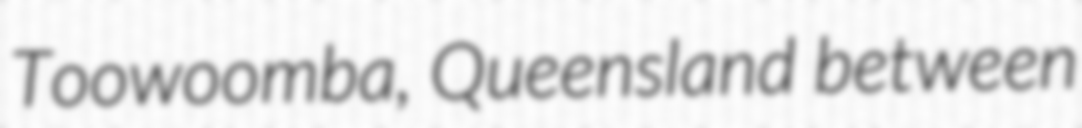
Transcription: Toowoomba, Queensland between